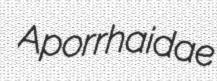
Aporrhaidae